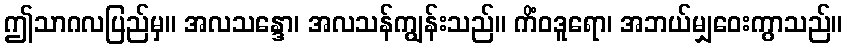
ဤသာဂလပြည်မှ။ အလသန္ဒော၊ အလသန်ကျွန်းသည်။ ကိံဝဒူရော၊ အဘယ်မျှဝေးကွာသည်။